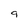
Character: 9